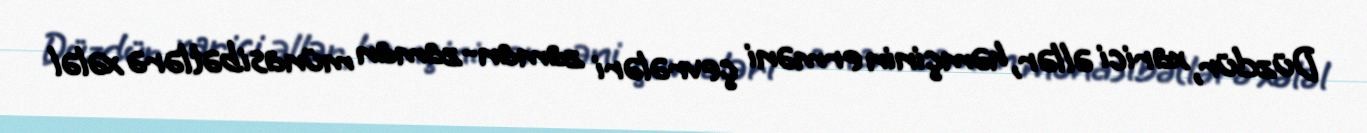
Düzdür, xarici əllər, həmçinin erməni çevrələri zaman-zaman münasibətlərə xələl